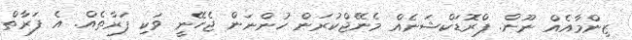
ޒިންމާއެއް ނޫން. ޕްރޮޑަކްޝަނެއް މެނޭޖްކުރަން ހުންނަން ޖެހޭނީ ވަކި ފަރާތެއް. އެ ފަރާތް